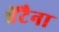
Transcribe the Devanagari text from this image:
ऐंटैना